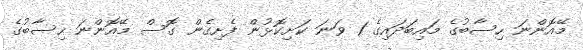
މޭއޮންނަ ހިސާބުގެ މައިބަދައިގެ 1 ވަނަ ކަށިކޮޅުން ފެށިގެން ގޮސް މޭއޮންނަ ހިސާބުގެ